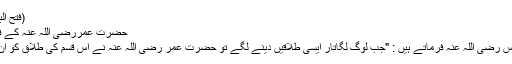
(فتح الباری 10/456)
حضرت عمررضی اللہ عنہ کے فتویٰ کی حقیقت:
حضرت ابن عباس رضی اللہ عنہ فرماتے ہیں : "جب لوگ لگاتار ایسی طلاقیں دینے لگے تو حضرت عمر رضی اللہ عنہ نے اس قسم کی طلاق کو ان پر نافذ کر دیا"۔